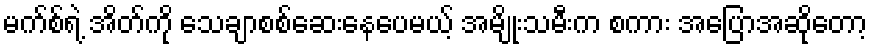
မက်စ်ရဲ့ အိတ်ကို သေချာစစ်ဆေးနေပေမယ့် အမျိုးသမီးက စကား အပြောအဆိုတော့